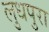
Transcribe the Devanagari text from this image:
लुधपुरा